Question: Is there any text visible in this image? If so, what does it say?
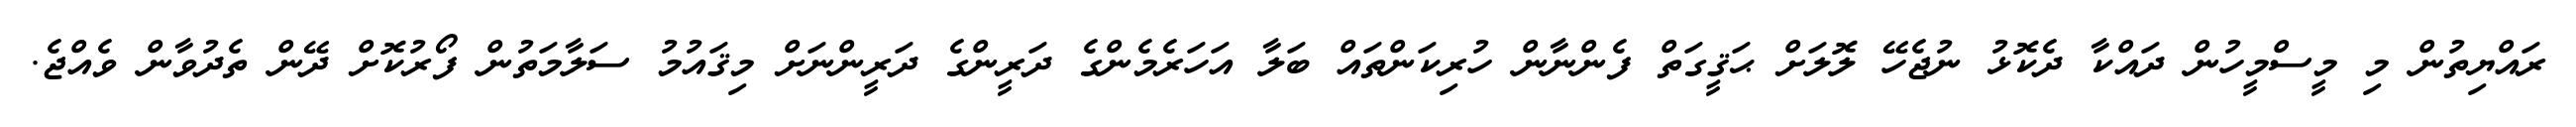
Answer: ރައްޔިތުން މި މީސްމީހުން ދައްކާ ދެކޮޅު ނުޖެހޭ ލޮލަށް ޙަޤީގަތް ފެންނާން ހުރިކަންތައް ބަލާ އަހަރެމެންގެ ދަރީންގެ ދަރީންނަށް މިޤައުމު ސަލާމަތުން ފޯރުކޮށް ދޭން ތެދުވާން ވެއްޖެ.